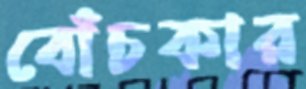
বোঁচকার